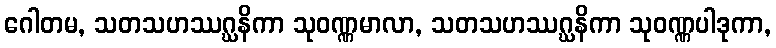
ဂေါတမ, သတသဟဿဂ္ဃနိကာ သုဝဏ္ဏမာလာ, သတသဟဿဂ္ဃနိကာ သုဝဏ္ဏပါဒုကာ,